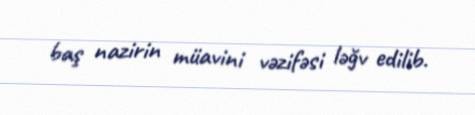
baş nazirin müavini vəzifəsi ləğv edilib.